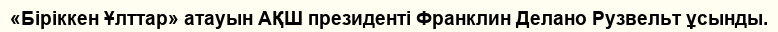
«Біріккен Ұлттар» атауын АҚШ президенті Франклин Делано Рузвельт ұсынды.